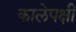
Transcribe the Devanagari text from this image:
कालेपक्षी